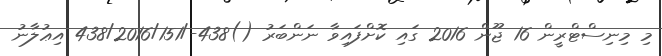
މި މިނިސްޓްރީން 16 ޖޫން 2016 ގައި ކޮށްފައިވާ ނަންބަރު ()438-/438/2016/151 އިޢުލާނު